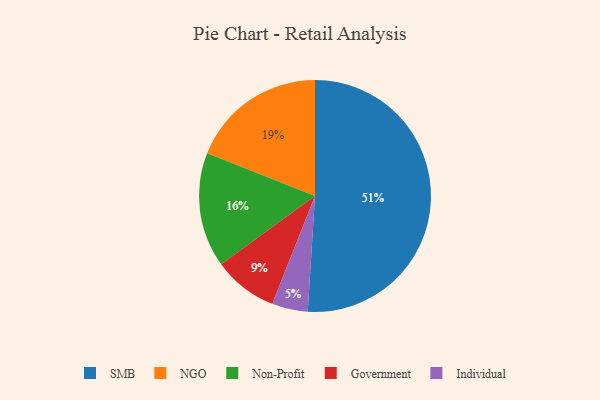
{"axis": {"x": "Category", "y": "Percentage"}, "legend": ["Government", "Individual", "NGO", "Non-Profit", "SMB"], "data": [{"x": "Non-Profit", "y": 16, "type": "Non-Profit"}, {"x": "SMB", "y": 51, "type": "SMB"}, {"x": "Government", "y": 9, "type": "Government"}, {"x": "Individual", "y": 5, "type": "Individual"}, {"x": "NGO", "y": 19, "type": "NGO"}]}